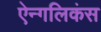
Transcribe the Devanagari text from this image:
ऐन्गलिकंस